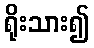
ရိုးသား၍